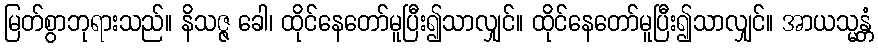
မြတ်စွာဘုရားသည်။ နိသဇ္ဇ ခေါ၊ ထိုင်နေတော်မူပြီး၍သာလျှင်။ ထိုင်နေတော်မူပြီး၍သာလျှင်။ အာယသ္မန္တံ